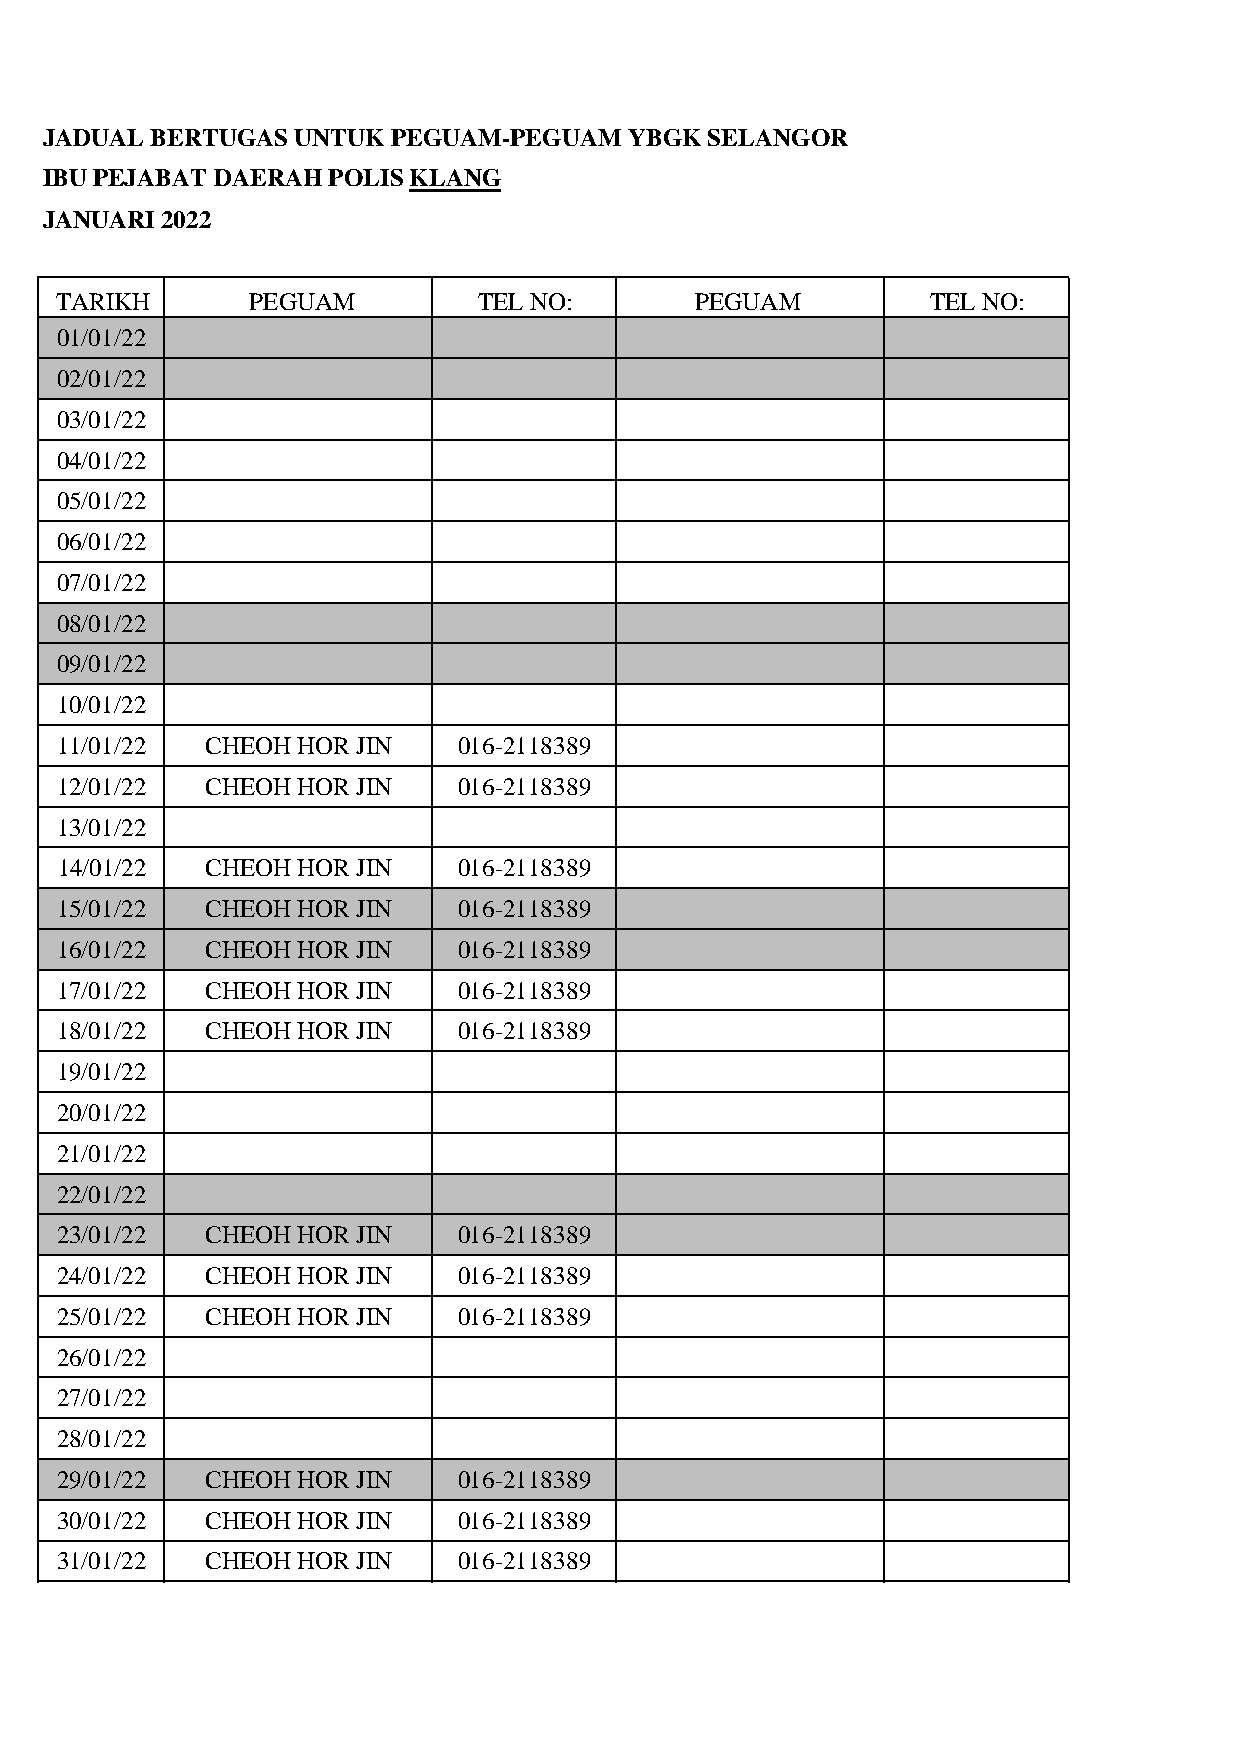
JADUAL BERTUGAS UNTUK  PEGUAM-PEGUAM   YBGK SELANGOR
 IBU PEJABAT DAERAH POLISKLANG
 JANUARI 2022
 TARIKH       PEGUAM         TEL NO:       PEGUAM          TEL NO:
 01/01/22
 02/01/22
 03/01/22
 04/01/22
 05/01/22
 06/01/22
 07/01/22
 08/01/22
 09/01/22
 10/01/22
 11/01/22  CHEOH HOR JIN   016-2118389
 1122//0011//2222 CCHHEEOOHH HHOORR JJIINN 001166--22111188338899
 13/01/22
 14/01/22  CHEOH HOR JIN   016-2118389
 15/01/22  CHEOH HOR JIN   016-2118389
 16/01/22  CHEOH HOR JIN   016-2118389
 17/01/22  CHEOH HOR JIN   016-2118389
 18/01/22  CHEOH HOR JIN   016-2118389
 19/01/22
 20/01/22
 21/01/22
 22/01/22
 23/01/22  CHEOH HOR JIN   016-2118389
 24/01/22  CHEOH HOR JIN   016-2118389
 25/01/22  CHEOH HOR JIN   016-2118389
 26/01/22
 27/01/22
 28/01/22
 29/01/22  CHEOH HOR JIN   016-2118389
 30/01/22  CHEOH HOR JIN   016-2118389
 31/01/22  CHEOH HOR JIN   016-2118389